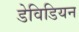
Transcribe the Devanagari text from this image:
डेविडियन